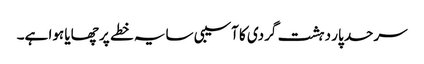
سرحد پار دہشت گردی کا آسیبی سایہ خطے پر چھایا ہوا ہے۔